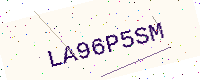
Text: LA96P5SM